Vaccination North-Western Provinces 1866-1877 - 1866-1877
Year: 1866
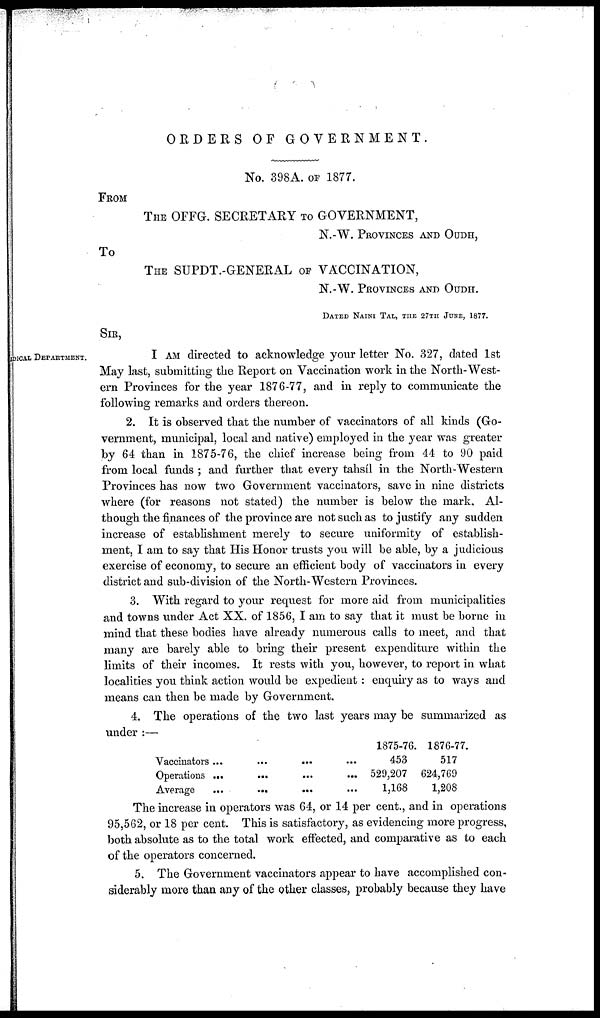
ORDERS OF
GOVERNMENT.
No. 398A. OF 1877.
FROM
THE OFFG. SECRETARY TO GOVERNMENT,
N.-W. PROVINCES AND OUDH,
TO
THE SUPDT.-GENERAL OF VACCINATION,
N.-W. PROVINCES AND OUDH.
DATED NAINI TAL, THE 27TH JUNE, 1877.
SIR,
EDICAL DEPARTMENT.
I AM directed to acknowledge your letter No. 327, dated 1st
May last, submitting the Report on Vaccination work in the North-West-
ern Provinces for the year 1876-77, and in reply to communicate the
following remarks and orders thereon.
2. It is observed that the number of vaccinators of all kinds (Go-
vernment, municipal, local and native) employed in the year was greater
by 64 than in 1875-76, the chief increase being from 44 to 90 paid
from local funds ; and further that every tahsíl in the North-Western
Provinces has now two Government vaccinators, save in nine districts
where (for reasons not stated) the number is below the mark. Al-
though the finances of the province are not such as to justify any sudden
increase of establishment merely to secure uniformity of establish-
ment, I am to say that His Honor trusts you will be able, by a judicious
exercise of economy, to secure an efficient body of vaccinators in every
district and sub-division of the North-Western Provinces.
3. With regard to your request for more aid from municipalities
and towns under Act XX. of 1856, I am to say that it must be borne in
mind that these bodies have already numerous calls to meet, and that
many are barely able to bring their present expenditure within the
limits of their incomes. It rests with you, however, to report in what
localities you think action would be expedient : enquiry as to ways and
means can then be made by Government.
4. The operations of the two last years may be summarized as
under:—
Vaccinators ...
...
... ...
Operations ...
...
...
...
Average
...
... ... ...
1875-76.
453
529,207
1,168
1876-77.
517
624,769
1,208
The increase in operators was 64, or 14 per cent., and in operations
95,562, or 18 per cent. This is satisfactory, as evidencing more progress,
both absolute as to the total work effected, and comparative as to each
of the operators concerned.
5. The Government vaccinators appear to have accomplished con-
siderably more than any of the other classes, probably because they have